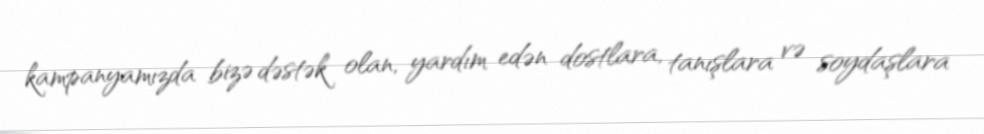
kampanyamızda bizə dəstək olan, yardım edən dostlara, tanışlara və soydaşlara